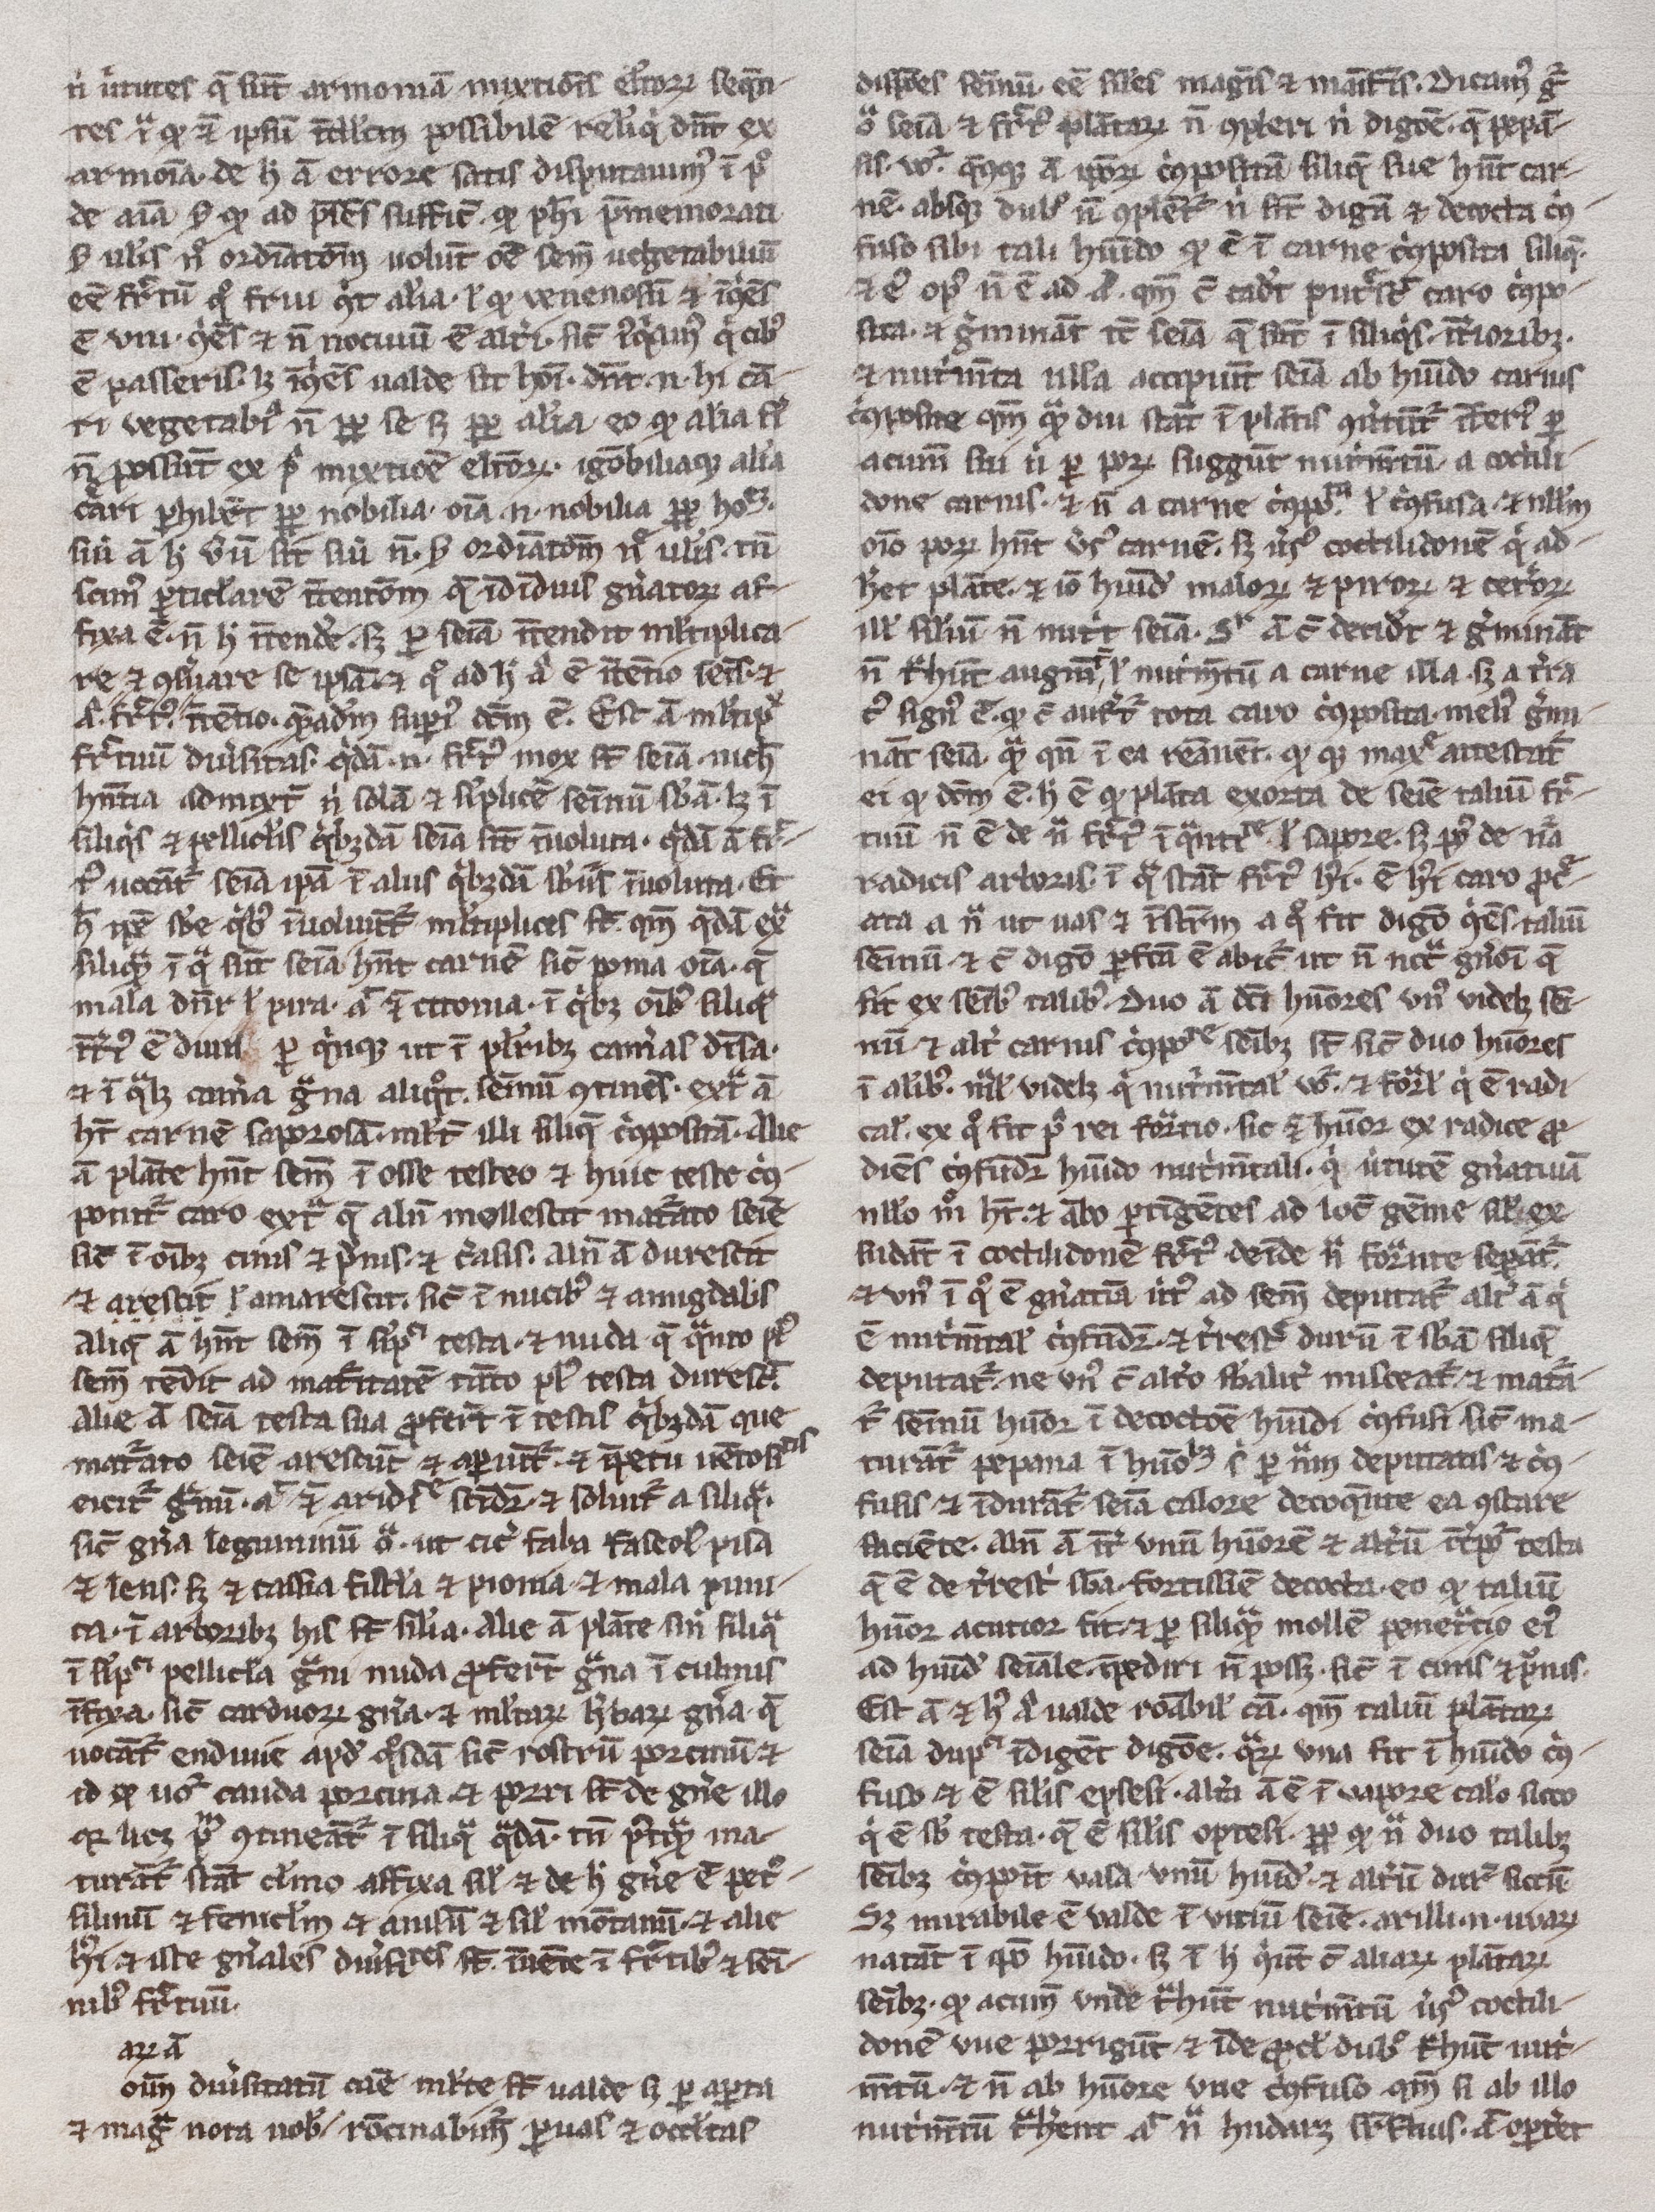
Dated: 1300–1399